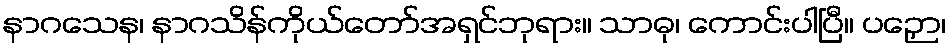
နာဂသေန၊ နာဂသိန်ကိုယ်တော်အရှင်ဘုရား။ သာဓု၊ ကောင်းပါပြီ။ ပဉှော၊